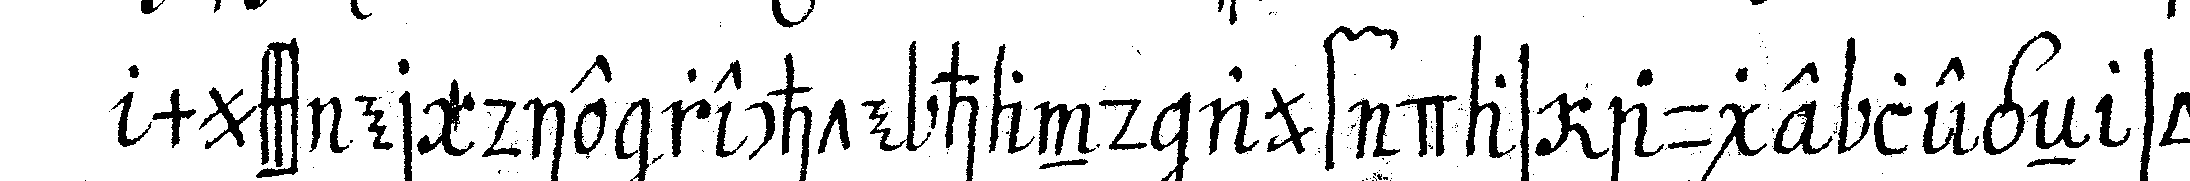
muss er die rechte hand auf das auge legeN so